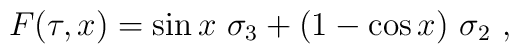
F(\tau,x)=\sin x \ \sigma_3+(1-\cos x)\  \sigma_2~,